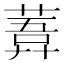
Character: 𦹊